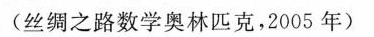
(丝绸之路数学奥林匹克，2005年)